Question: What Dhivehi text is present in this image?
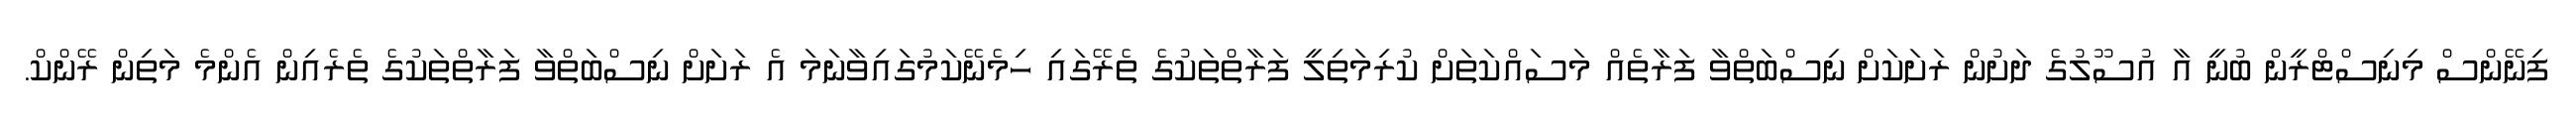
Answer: ފިނޭންސް މިނިސްޓްރީން ބުނީ އާ އުސޫލުގެ ދަށުން ރަށަކަށް ނިސްބަތްވާ ފަރާތެއް މަސައްކަތަށް ކުރިމަތިލީ ފަރާތްތަކުގެ ތެރޭގައި ހިމެނޭކަމުގައިވާނަމަ އެ ރަށަށް ނިސްބަތްވާ ފަރާތްތަކުގެ ތެރެއިން އެންމެ މަތިން ރޭންކް.